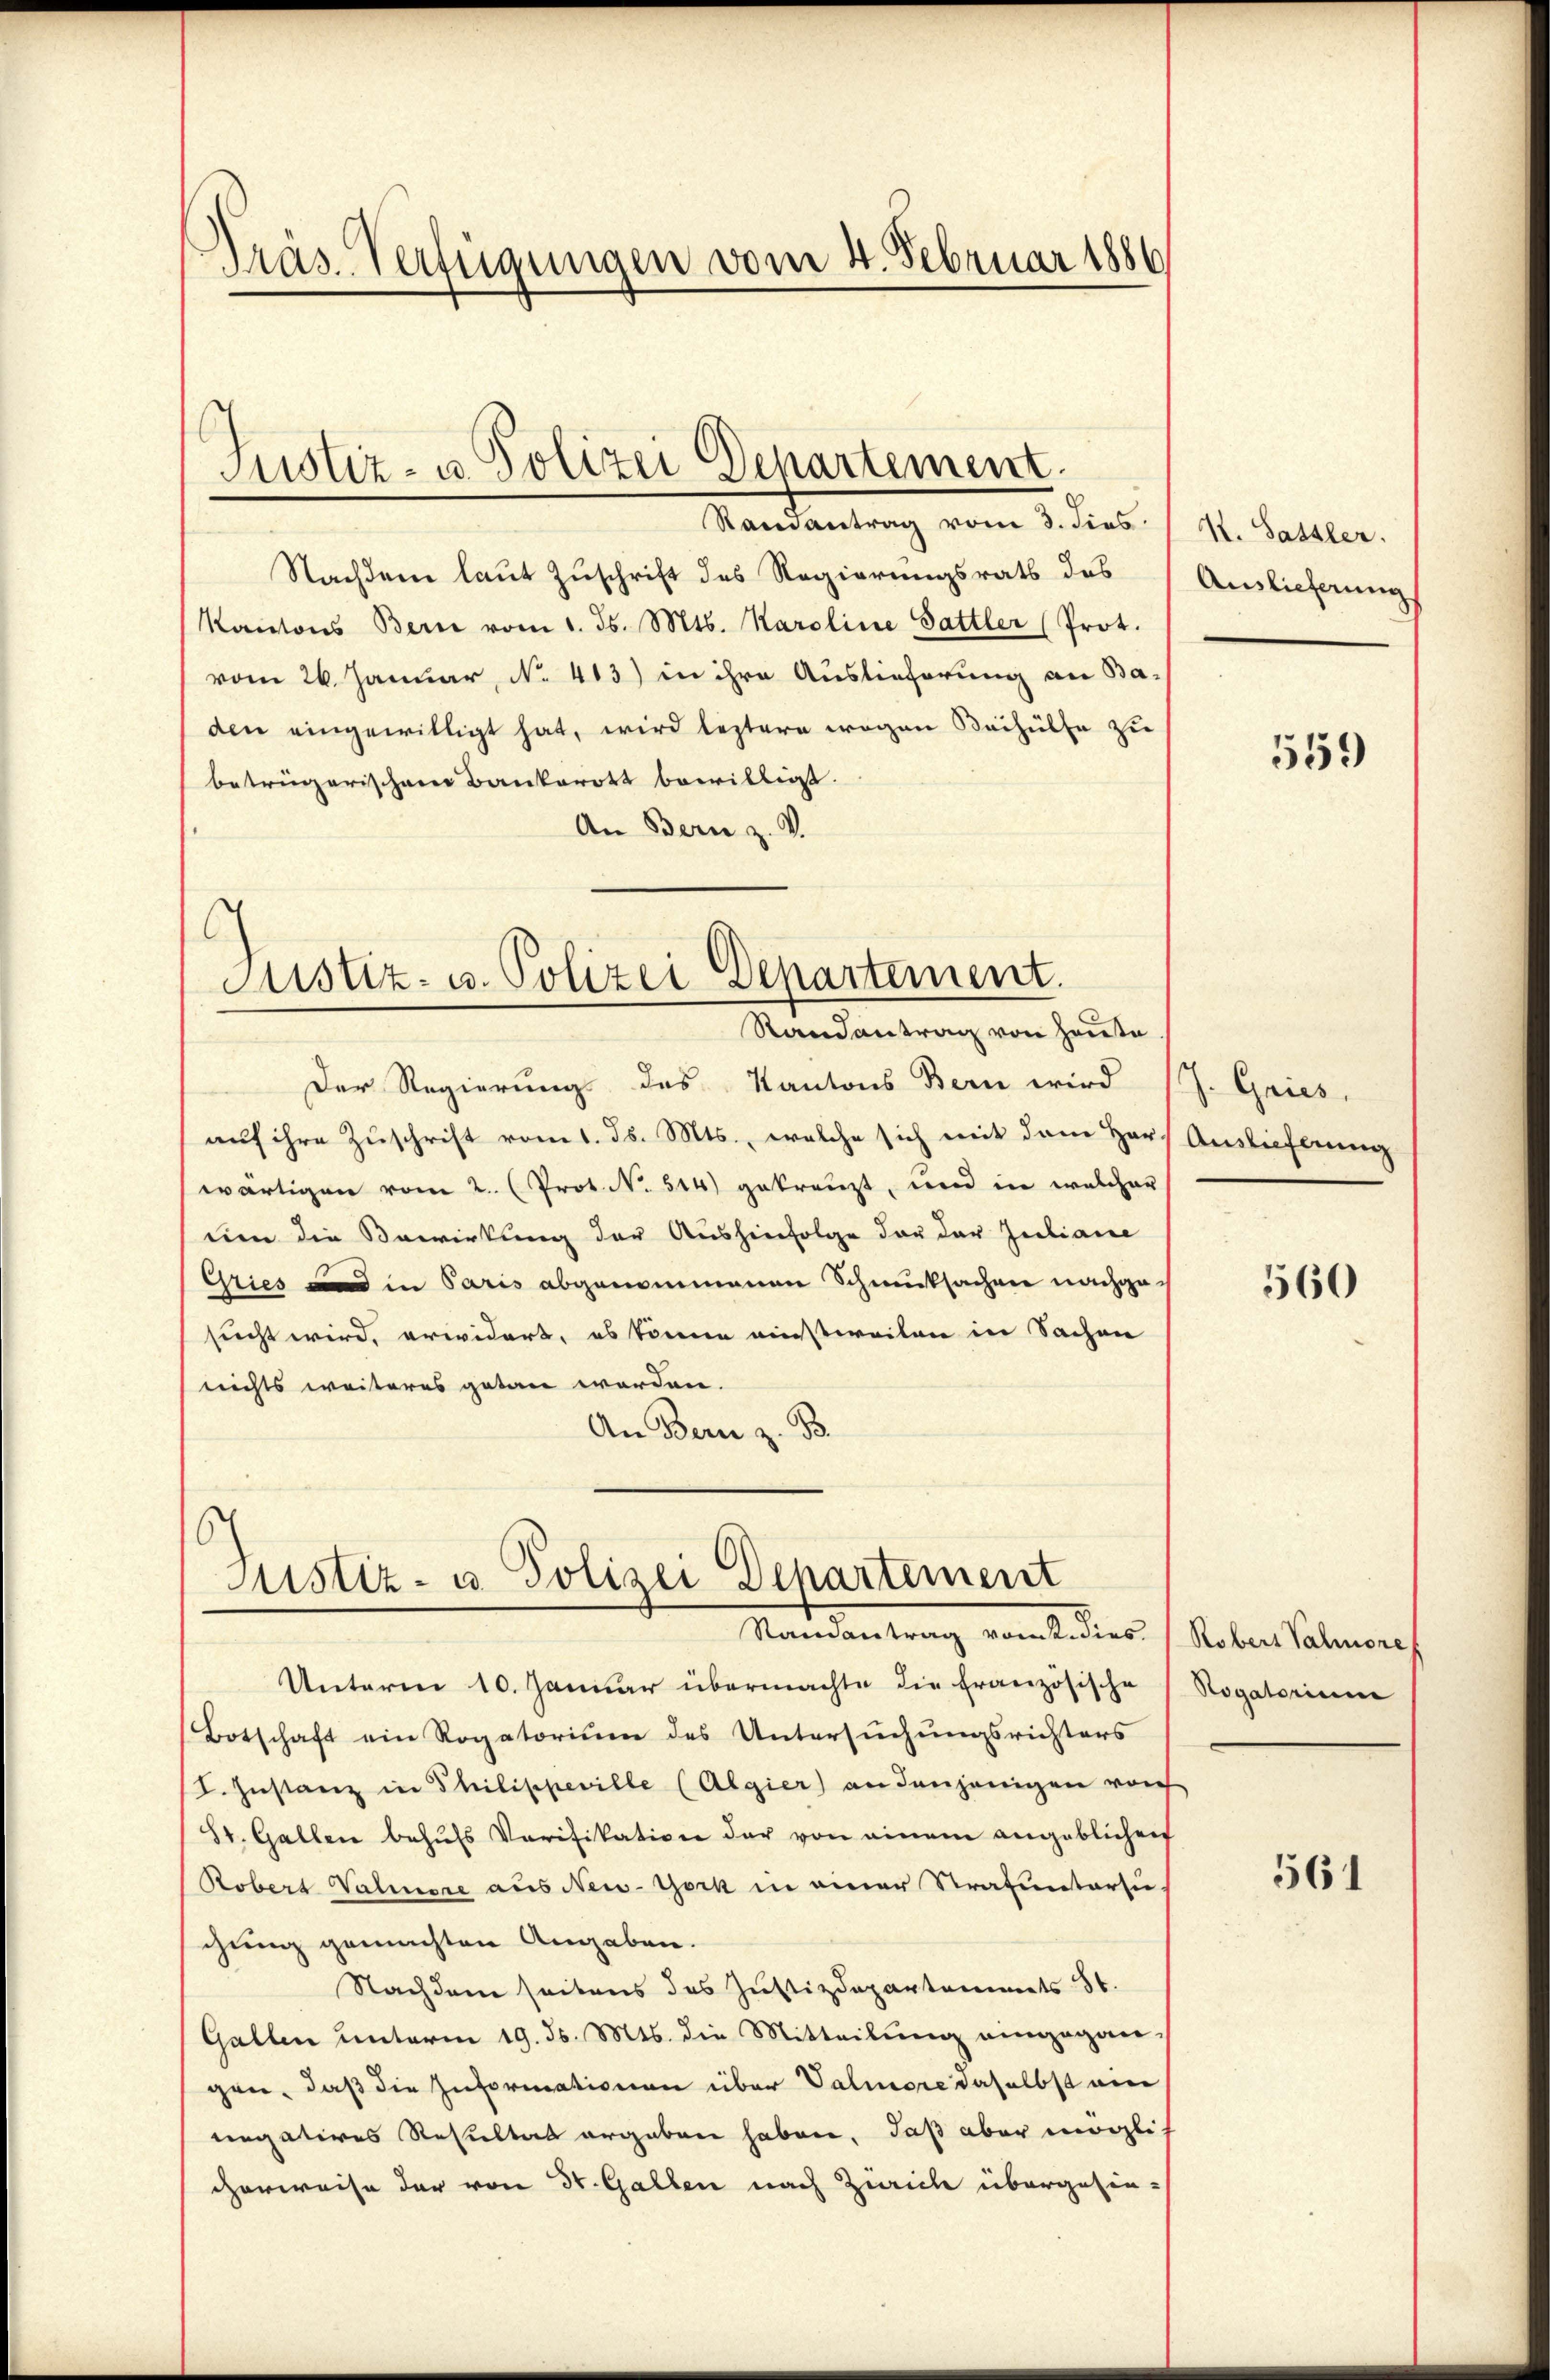
Präs. Verfügungen vom 4. Februar 1886

Randantrag vom 3. dies
Nachdem laut Zuschrift des Regierungsrath des Auslieferung
Kantons Bern vom 1. Js. Mts. Karoline Sattler (Prot.
vom 26. Januar, No. 413) in ihre Auslieferung an Ba-
den eingewilligt hat, wird leztere wegen Beihülfe zu
betrügerischen Bankerott bewilligt.
An Bern z. V.

Der Regierung des Kantons Bern wird (J. Gries,
auf ihre Zuschrift vom 1. Js. Mts., welche sich mit dem Hars Auslieferung
wärtigen vom 2. (Prot. N. 544) gekreuzt, und in welcher
uen die Bewirkung der Aushinfolge der der Juliane
Gries und in Paris abgenommenen Schmucksachen nachgesucht wird, erwidert, es könne einstweilen in Sachen
nichts weiteres getan werden.
An Bern z. B.

Justiz- u. Polizei Departement

d
Justiz- u. Polizei Departement.
Randantrag von Heute

Justiz- u. Polizei Departement
Randantrag von wies. (Robers Valnoref

Unterm 10. Januar übermachte die französische (Rogatorium
Botschaft ein Rogatorium des Untersuchungsrichters
I. Instanz in Philippeville (Algier) an denjenigen vorh
St. Gallen behufs Verifikation der von einem angeblichen
Robert Valinere aus New-York in einer Strafuntarsie
schung gemachten Angaben.
Nachdem seitens des Justizdepartements St.
Gallen unterm 19. ds. Mts. die Mitteilung eingegan-
gen, daß die Informationen über Valiore daselbst ein
negatives Resultas ergaben haben, daß aber mögli
cherweise der von 30. Gallen nach Zürich übergehin-

K. Sassler.

559

560

561